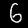
Digit: 6